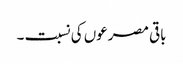
باقی مصرعوں کی نسبت ۔